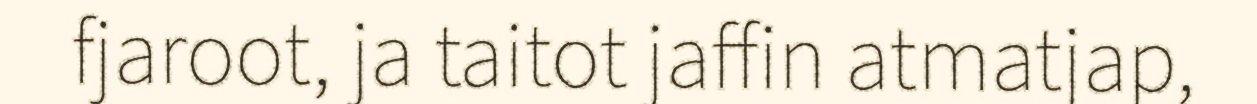
fjaroot, ja taitot jaffin atmatjap,